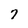
Character: 7